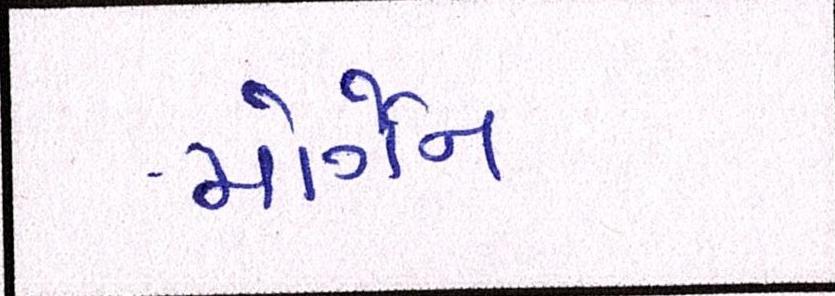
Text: મોર્ગન